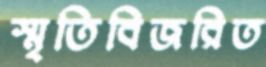
স্মৃতিবিজরিত